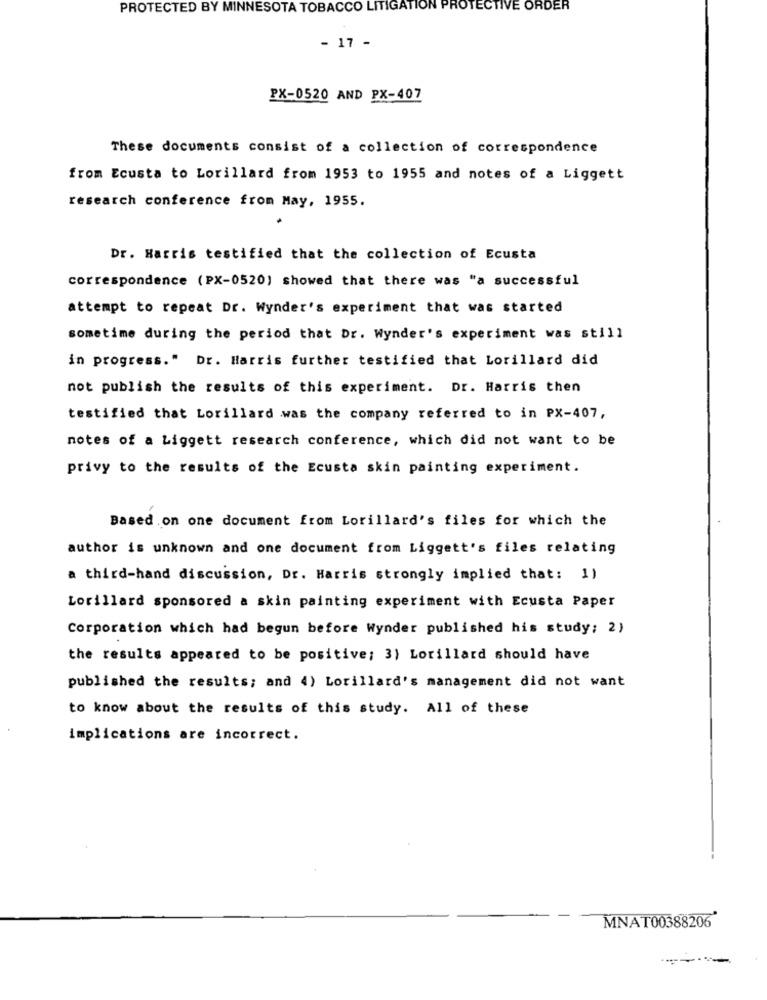
PROTECTED BY MINNESOTA TOBACCO LITIGATION PROTECTIVE ORDER
- 17 -
PX-0520 AND PX-407
These documents consist of a collection of correspondence
from Ecusta to Lorillard from 1953 to 1955 and notes of a Liggett
research conference from May, 1955.
Dr. Harris testified that the collection of Ecusta
correspondence (PX-0520) showed that there was "a successful
attempt to repeat Dr. Wynder's experiment that was started
sometime during the period that Dr. Wynder's experiment was still
in progress." Dr. Harris further testified that Lorillard did
not publish the results of this experiment. Dr. Harris then
testified that Lorillard was the company referred to in PX-407,
notes of a Liggett research conference, which did not want to be
privy to the results of the Ecusta skin painting experiment.
Based on one document from Lorillard's files for which the
author is unknown and one document from Liggett's files relating
a third-hand discussion, Dr. Harris strongly implied that: 1)
Lorillard sponsored a skin painting experiment with Ecusta Paper
Corporation which had begun before Wynder published his study; 2)
the results appeared to be positive; 3) Lorillard should have
published the results; and 4) Lorillard's management did not want
to know about the results of this study. All of these
implications are incorrect.
MNAT00388206
------